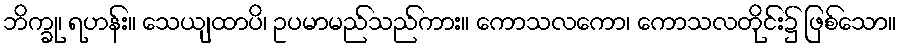
ဘိက္ခု၊ ရဟန်း။ သေယျထာပိ၊ ဥပမာမည်သည်ကား။ ကောသလကော၊ ကောသလတိုင်း၌ ဖြစ်သော။